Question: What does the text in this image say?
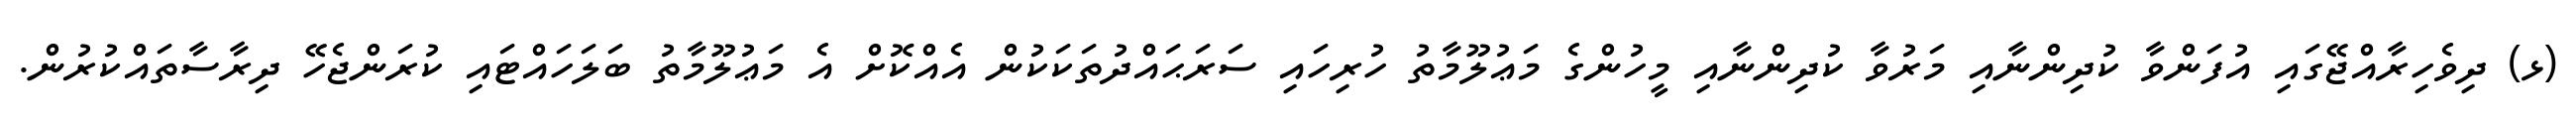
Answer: (ޅ) ދިވެހިރާއްޖޭގައި އުފަންވާ ކުދިންނާއި މަރުވާ ކުދިންނާއި މީހުންގެ މަޢުލޫމާތު ހުރިހައި ސަރަޙައްދުތަކަކުން އެއްކޮށް އެ މަޢުލޫމާތު ބަލަހައްޓައި ކުރަންޖެހޭ ދިރާސާތައްކުރުން.